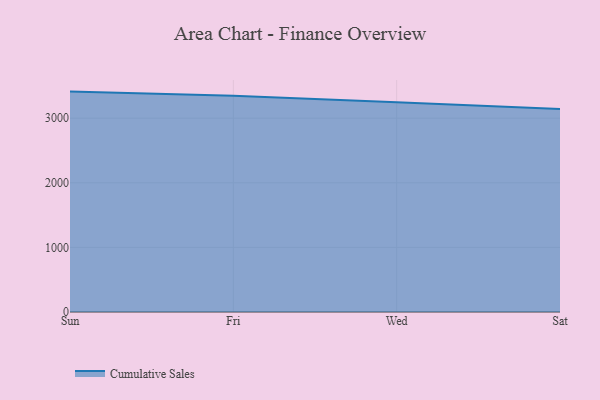
{"axis": {"x": "Day", "y": "Bounce Rate (%)"}, "legend": ["Cumulative Sales"], "data": [{"x": "Sun", "y": 3410.9, "type": "Cumulative Sales"}, {"x": "Fri", "y": 3347.1, "type": "Cumulative Sales"}, {"x": "Wed", "y": 3244.8, "type": "Cumulative Sales"}, {"x": "Sat", "y": 3140.9, "type": "Cumulative Sales"}]}